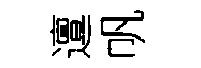
邅帆